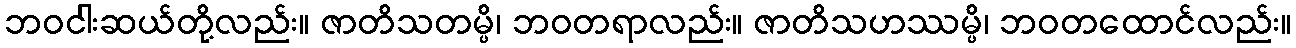
ဘဝငါးဆယ်တို့လည်း။ ဇာတိသတမ္ပိ၊ ဘဝတရာလည်း။ ဇာတိသဟဿမ္ပိ၊ ဘဝတထောင်လည်း။